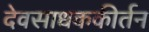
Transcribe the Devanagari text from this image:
देवसाधककीर्तन